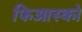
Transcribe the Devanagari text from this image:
फिआस्को